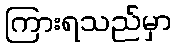
ကြားရသည်မှာ